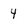
Character: 4